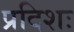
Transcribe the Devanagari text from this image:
प्रदिशः